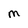
Character: M